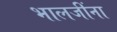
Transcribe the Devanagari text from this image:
भालजींना